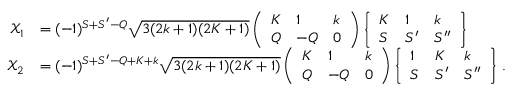
\begin{array} { r l } { \mathcal { X } _ { 1 } } & { = ( - 1 ) ^ { S + S ^ { \prime } - Q } \sqrt { 3 ( 2 k + 1 ) ( 2 K + 1 ) } \left( \begin{array} { l l l } { K } & { 1 } & { k } \\ { Q } & { - Q } & { 0 } \end{array} \right) \left\{ \begin{array} { l l l } { K } & { 1 } & { k } \\ { S } & { S ^ { \prime } } & { S ^ { \prime \prime } } \end{array} \right\} } \\ { \mathcal { X } _ { 2 } } & { = ( - 1 ) ^ { S + S ^ { \prime } - Q + K + k } \sqrt { 3 ( 2 k + 1 ) ( 2 K + 1 ) } \left( \begin{array} { l l l } { K } & { 1 } & { k } \\ { Q } & { - Q } & { 0 } \end{array} \right) \left\{ \begin{array} { l l l } { 1 } & { K } & { k } \\ { S } & { S ^ { \prime } } & { S ^ { \prime \prime } } \end{array} \right\} \, . } \end{array}